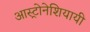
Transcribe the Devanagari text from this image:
आस्ट्रोनेशियायी